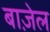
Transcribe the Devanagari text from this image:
बाज़ेल